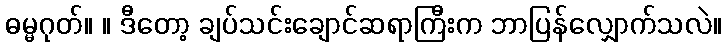
ဓမ္မဂုတ်။ ။ ဒီတော့ ချပ်သင်းချောင်ဆရာကြီးက ဘာပြန်လျှောက်သလဲ။